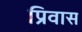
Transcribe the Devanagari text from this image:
प्रिवास